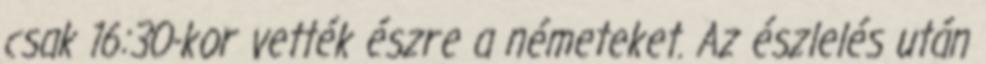
csak 16:30-kor vették észre a németeket. Az észlelés után